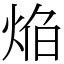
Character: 焔